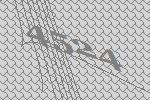
4524